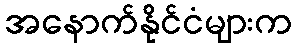
အနောက်နိုင်ငံများက